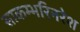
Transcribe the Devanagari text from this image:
साकम्भरिनरेश